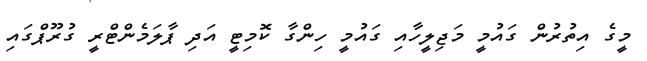
މީގެ އިތުރުން ގައުމީ މަޖިލީހާއި ގައުމީ ހިންގާ ކޮމިޓީ އަދި ޕާލަމެންޓްރީ ގުރޫޕްގައި